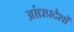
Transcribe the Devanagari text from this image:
आंध्रप्रदेशों